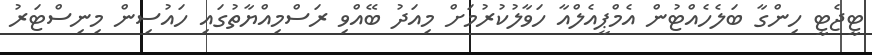
ޓީޖެޓީ ހިންގާ ބަލެހެއްޓުން އެމްޕީއެލްއާ ހަވާލުކުރުމަށް މިއަދު ބޭއްވި ރަސްމިއްޔާތުގައި ހައުސިން މިނިސްޓަރު